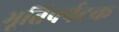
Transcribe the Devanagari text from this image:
भूतिपर्पटक